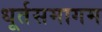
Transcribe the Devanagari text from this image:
धूर्तसमागम